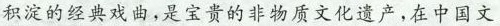
积淀的经典戏曲,是宝贵的非物质文化遗产,在中国文